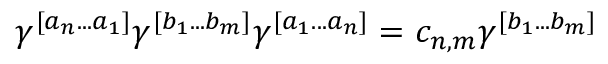
\gamma ^ { [ a _ { n } . . . a _ { 1 } ] } \gamma ^ { [ b _ { 1 } . . . b _ { m } ] } \gamma ^ { [ a _ { 1 } . . . a _ { n } ] } = c _ { n , m } \gamma ^ { [ b _ { 1 } . . . b _ { m } ] }